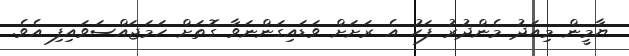
ޔާމީން މިއަދު މެންދުރު ފަހު އެ ރަށަށް ވަޑައިގަންނަވާ ގޮތަށް ހަމަޖައްސަވައިފި އެވެ.